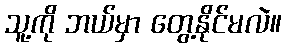
သူ့ကို ဘယ်မှာ တွေ့နိုင်မလဲ။